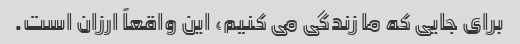
برای جایی که ما زندگی می کنیم، این واقعاً ارزان است.